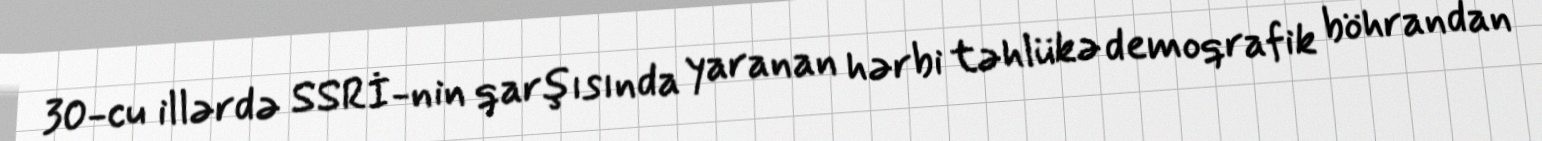
30-cu illərdə SSRİ-nin qarşısında yaranan hərbi təhlükə demoqrafik böhrandan